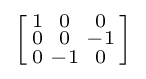
\left[{\begin{smallmatrix}1&0&0\\0&0&-1\\0&-1&0\\\end{smallmatrix}}\right]